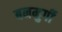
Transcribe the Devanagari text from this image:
बनमुर्गी